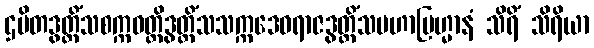
ဌပိတဒွတ္တိံသစက္ကဝတ္တိဒွတ္တိံသသက္ကဒေဝရာဇဒွတ္တိံသမဟာဗြဟ္မာနံ သိရိံ သိရိယာ